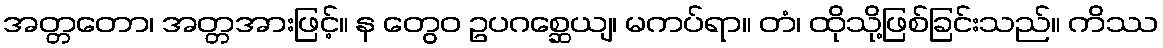
အတ္တတော၊ အတ္တအားဖြင့်။ န တွေဝ ဥပဂစ္ဆေယျ၊ မကပ်ရာ။ တံ၊ ထိုသို့ဖြစ်ခြင်းသည်။ ကိဿ